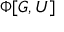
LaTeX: \Phi [ G , U ]